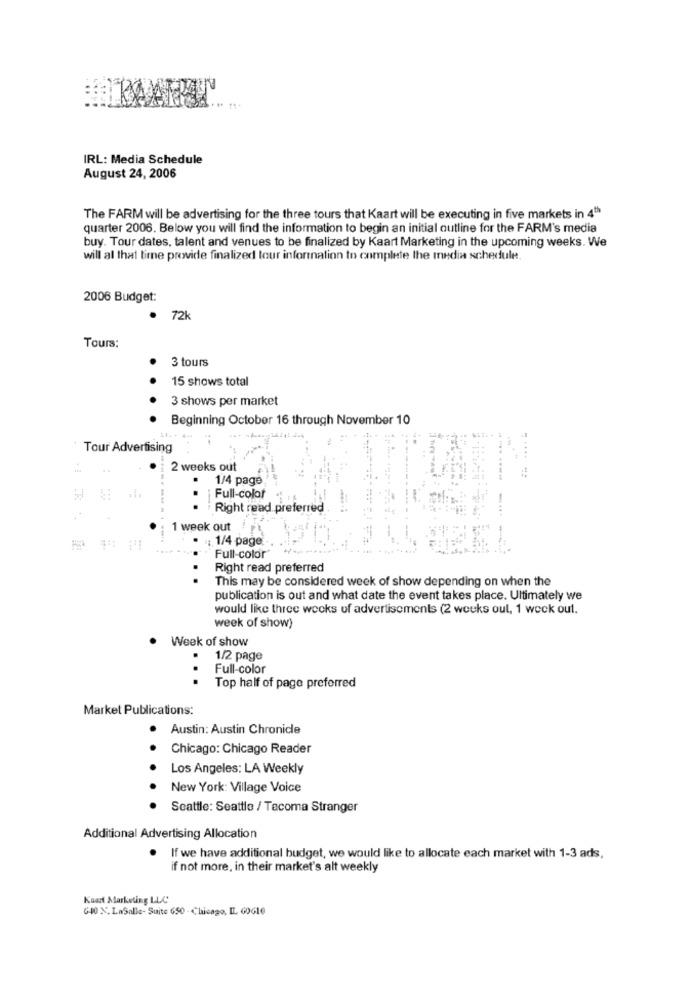
IRL: Media Schedule
August 24, 2006
The FARM will be advertising for the three tours that Kaart will be executing in five markets in 4th
quarter 2006. Below you will find the information to begin an initial outline for the FARM's media
buy. Tour dates, talent and venues to be finalized by Kaart Marketing in the upcoming weeks. We
will al that time provide finalized tour information to complete the media schedule,
2006 Budget:
.
72k
Tours:
3 tours
15 shows total
. .
3 shows per market
Beginning October 16 through November 10
Tour Advertising
2 weeks out
1/4 page
Full-color
-
Right read preferred
1 week out
; 1/4 page
Full-color'
..
Right read preferred
This may be considered week of show depending on when the
publication is out and what date the event takes place. Ultimately we
would like three weeks of advertisements (2 weeks out, 1 week out.
week of show)
Week of show
1/2 page
Full-color
..
Top half of page preferred
Market Publications:
Austin: Austin Chronicle
Chicago: Chicago Reader
Los Angeles: LA Weekly
New York: Village Voice
Seattle: Seattle / Tacoma Stranger
Additional Advertising Allocation
. If we have additional budget, we would like to allocate each market with 1-3 ads,
if not more, in their market's alt weekly
Kaart Marketing LLC
G40 %. LaSalle- Suite 650 - Chicago, IL GOGIO